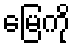
မြေကို